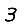
Digit: 3